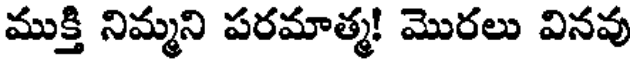
ముక్తి నిమ్మని పరమాత్మ! మొరలు వినవు